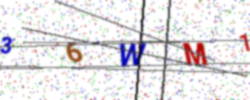
Text: 36WM1